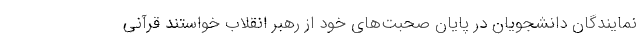
نمایندگان دانشجویان در پایان صحبت‌های خود از رهبر انقلاب خواستند قرآنی